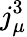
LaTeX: j_{\mu}^{3}